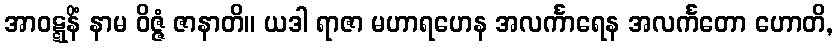
အာဝဋ္ဋနိံ နာမ ဝိဇ္ဇံ ဇာနာတိ။ ယဒါ ရာဇာ မဟာရဟေန အလင်္ကာရေန အလင်္ကတော ဟောတိ,